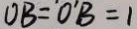
O B = O ^ { \prime } B = 1